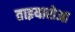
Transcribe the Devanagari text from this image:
ताइयारोआ